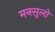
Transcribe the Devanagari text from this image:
मनसुलो